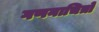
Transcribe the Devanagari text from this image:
गणनाचित्रों